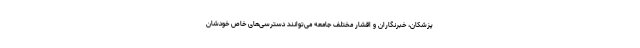
پزشکان، خبرنگاران و اقشار مختلف جامعه می‌توانند دسترسی‌های خاص خودشان